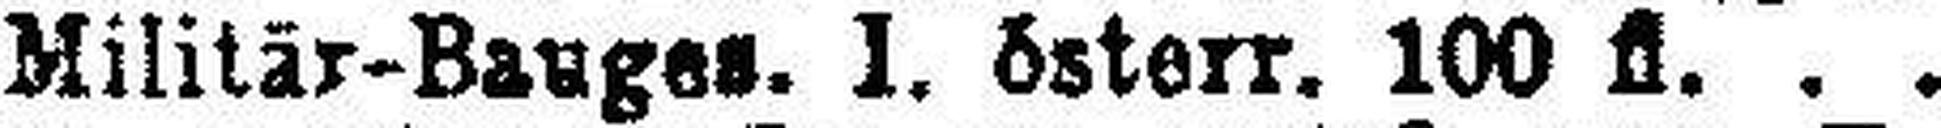
Militär-Bauges. I. österr. 100 fl.